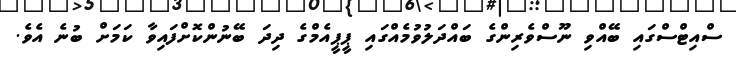
ސްއިޓްސްގައި ބޭއްވި ނޫސްވެރިންގެ ބައްދަލުވުމެއްގައި ޕީޕީއެމްގެ ދިދަ ބޭނުންކޮށްފައިވާ ކަމަށް ބުނެ އެވެ.